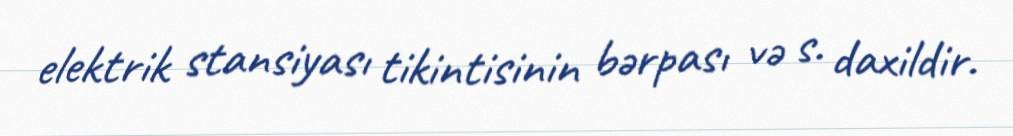
elektrik stansiyası tikintisinin bərpası və s. daxildir.